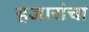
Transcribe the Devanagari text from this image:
हजारांचा